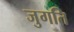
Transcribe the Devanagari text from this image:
जुगति